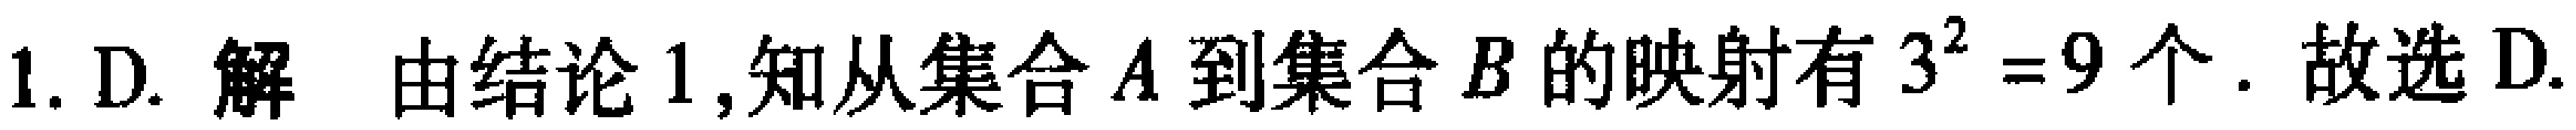
1. D. 解 由结论 1,知从集合 \(A\) 到集合 \(B\) 的映射有 \(3^{2}=9\) 个. 故选 D.